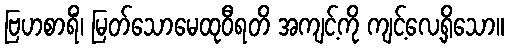
ဗြဟစာရိံ၊ မြတ်သောမေထုဝီရတိ အကျင့်ကို ကျင့်လေ့ရှိသော။